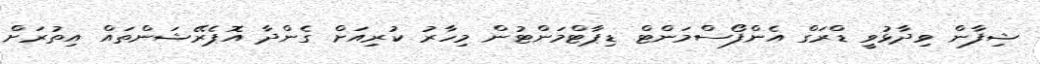
ޝިފާން ވިދާޅުވީ ޑްރަގް އެންފޯސްމަންޓް ޑިޕާޓްމަންޓުން މިހާރު ކުރިއަށް ގެންދާ އޮޕެރޭޝަންތައް އިތުރަށް